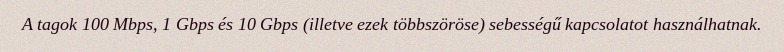
A tagok 100 Mbps, 1 Gbps és 10 Gbps (illetve ezek többszöröse) sebességű kapcsolatot használhatnak.